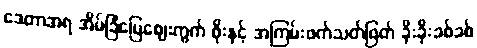
ဒေတာအရ အိမ်ခြံမြေဈေးကွက် ဖိုးနှင့် အကြမ်းဖက်သတ်ဖြတ် ခိုးခိုးခစ်ခစ်